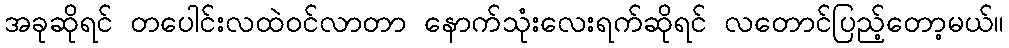
အခုဆိုရင် တပေါင်းလထဲဝင်လာတာ နောက်သုံးလေးရက်ဆိုရင် လတောင်ပြည့်တော့မယ်။